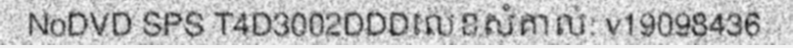
NoDVD SPS T4D3002DDDលេខសំគាល់: v19098436